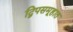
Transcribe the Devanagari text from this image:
द्विपसमूहात